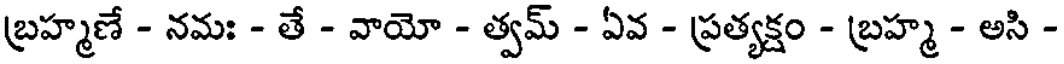
బ్రహ్మణే - నమః - తే - వాయో - త్వమ్ - ఏవ - ప్రత్యక్షం - బ్రహ్మ - అసి -